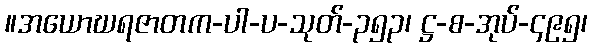
။အယောဃရဇာတက-ပါ-ပ-သုတ်-၃၅၃၊ ဋ္ဌ-စ-အုပ်-၄၉၅၊